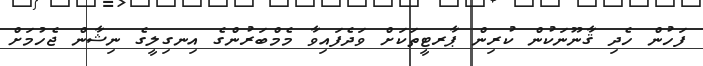
ފަހުން ހެދި ޤާނޫނަކުން ކުރިން ޕާރޓީތަކަށް ވަދެފައިވާ މެމްބަރުންގެ އިނގިލީގެ ނިޝާން ޖެހުމަށް